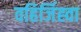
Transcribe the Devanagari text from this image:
वहिर्जिह्वा